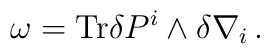
\omega = {\rm Tr}\delta P^{i}\wedge \delta \nabla_{i} \, .